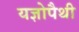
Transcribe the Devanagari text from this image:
यज्ञोपैथी